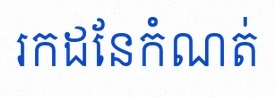
រកដែនកំណត់